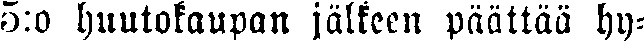
5:o huutokaupan jälkeen päättää hy-